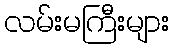
လမ်းမကြီးများ